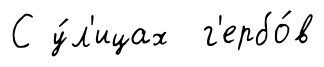
С у́л'ицах г'ербо́в